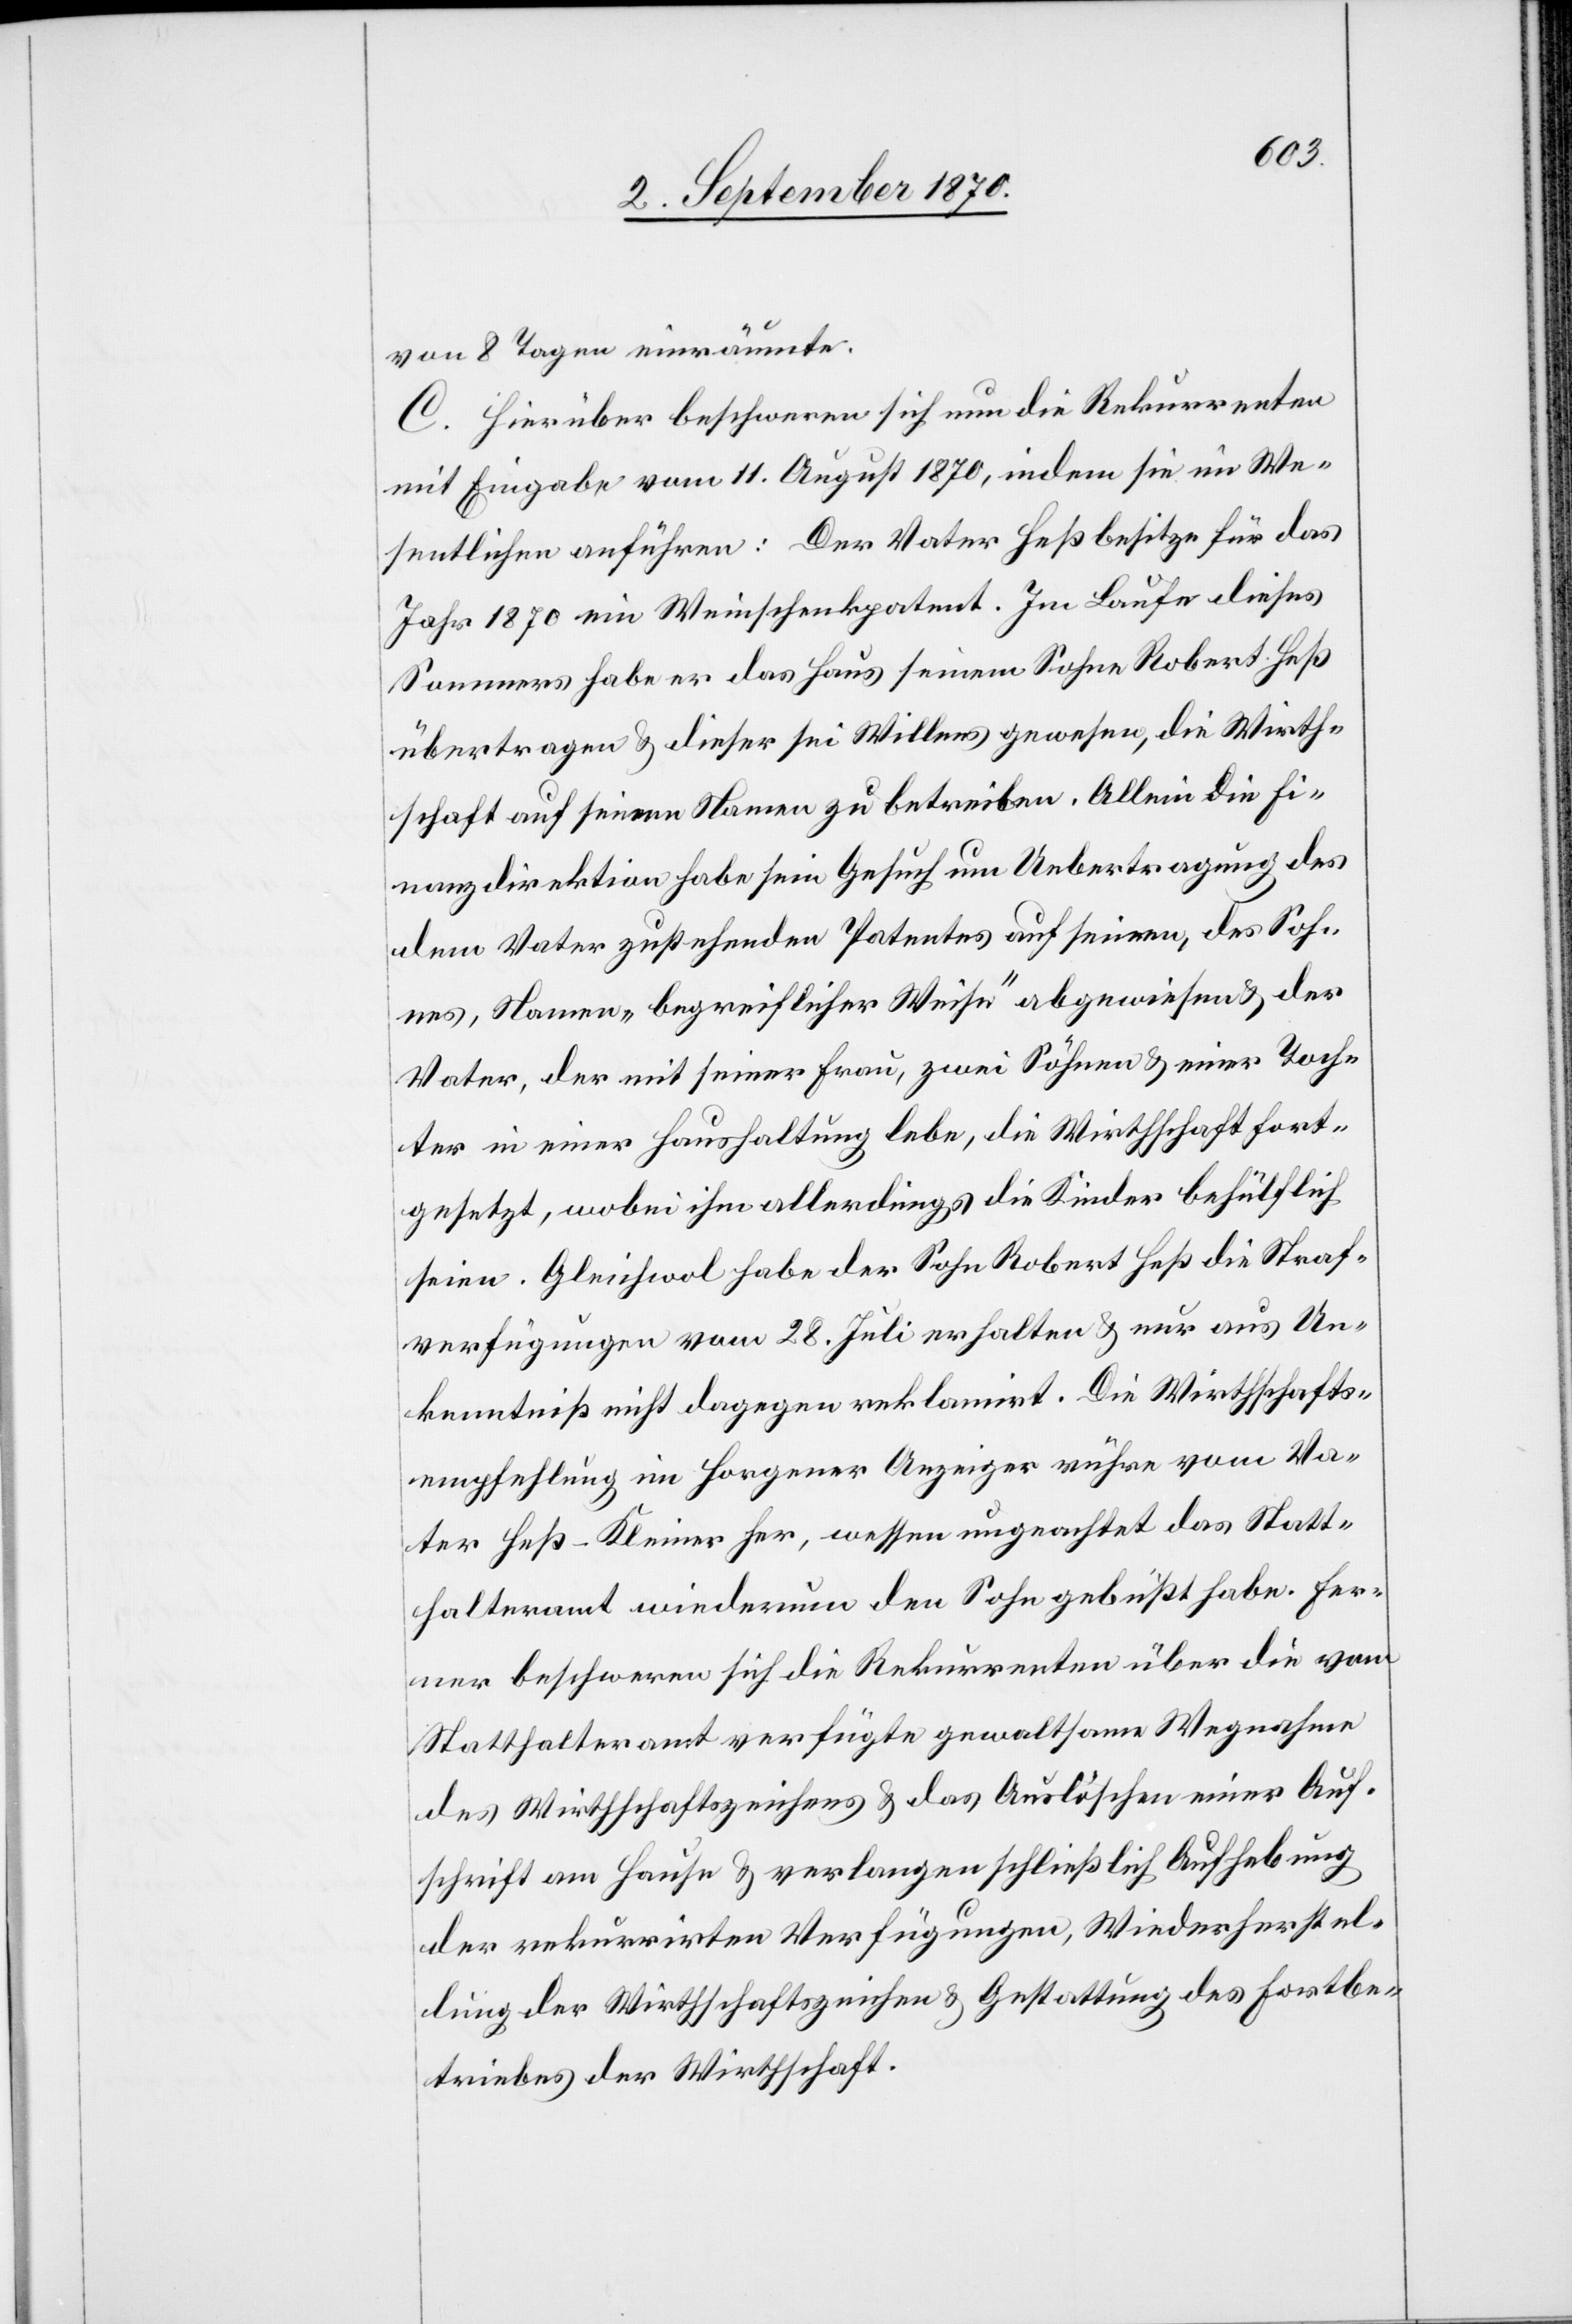
von 8 Tagen einräumte.
C. Hierüber beschweren sich nun die Rekurrenten
mit Eingabe vom 11. August 1870, indem sie im We¬
sentlichen anführen: Der Vater Heß besitze für das
Jahr 1870 ein Weinschenkpatent. Im Laufe dieses
Sommers habe er das Haus seinem Sohne Robert Heß
übertragen & dieser sei Willens gewesen, die Wirth¬
schaft auf seinen Namen zu betreiben. Allein die Fi¬
nanzdirektion habe sein Gesuch um Uebertragung des
dem Vater zustehenden Patentes auf seinen, des Soh¬
nes, Namen „begreiflicher Weise“ abgewiesen & der
Vater, der mit seiner Frau, zwei Söhnen & einer Toch¬
ter in einer Haushaltung lebe, [habe] die Wirthschaft fort¬
gesetzt, wobei ihm allerdings die Kinder behülflich
seien. Gleichwohl habe der Sohn Robert Heß die Straf¬
verfügungen vom 28. Juli erhalten & nur aus Un¬
kenntniß nicht dagegen reklamirt. Die Wirthschafts¬
empfehlung im Horgener Anzeiger rühre vom Va¬
ter Heß-Kleiner her, wessen ungeachtet das Statt¬
halteramt wiederum den Sohn gebüßt habe. Fer¬
ner beschweren sich die Rekurrenten über die vom
Statthalteramt verfügte gewaltsame Wegnahme
des Wirthschaftszeichens & das Auslöschen einer Auf¬
schrift am Hause & verlangen schließlich Aufhebung
der rekurrirten Verfügungen, Wiederherstel¬
lung der Wirthschaftszeichen & Gestattung des Fortbe¬
triebes der Wirthschaft.